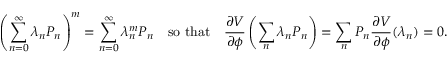
\left( \sum _ { n = 0 } ^ { \infty } \lambda _ { n } P _ { n } \right) ^ { m } = \sum _ { n = 0 } ^ { \infty } \lambda _ { n } ^ { m } P _ { n } \quad \mathrm { s o ~ t h a t } \quad \frac { \partial V } { \partial \phi } \left( \sum _ { n } \lambda _ { n } P _ { n } \right) = \sum _ { n } P _ { n } \frac { \partial V } { \partial \phi } ( \lambda _ { n } ) = 0 .